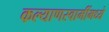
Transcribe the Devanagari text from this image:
कल्याणस्वामींमध्ये